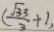
( \frac { \sqrt { 3 3 } } { 3 } + 1 ,